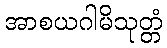
အာစယဂါမိသုတ္တံ